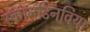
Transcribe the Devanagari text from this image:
स्कानडिनविया